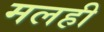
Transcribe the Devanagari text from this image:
मलही